Aleksander_Warma, lk 22
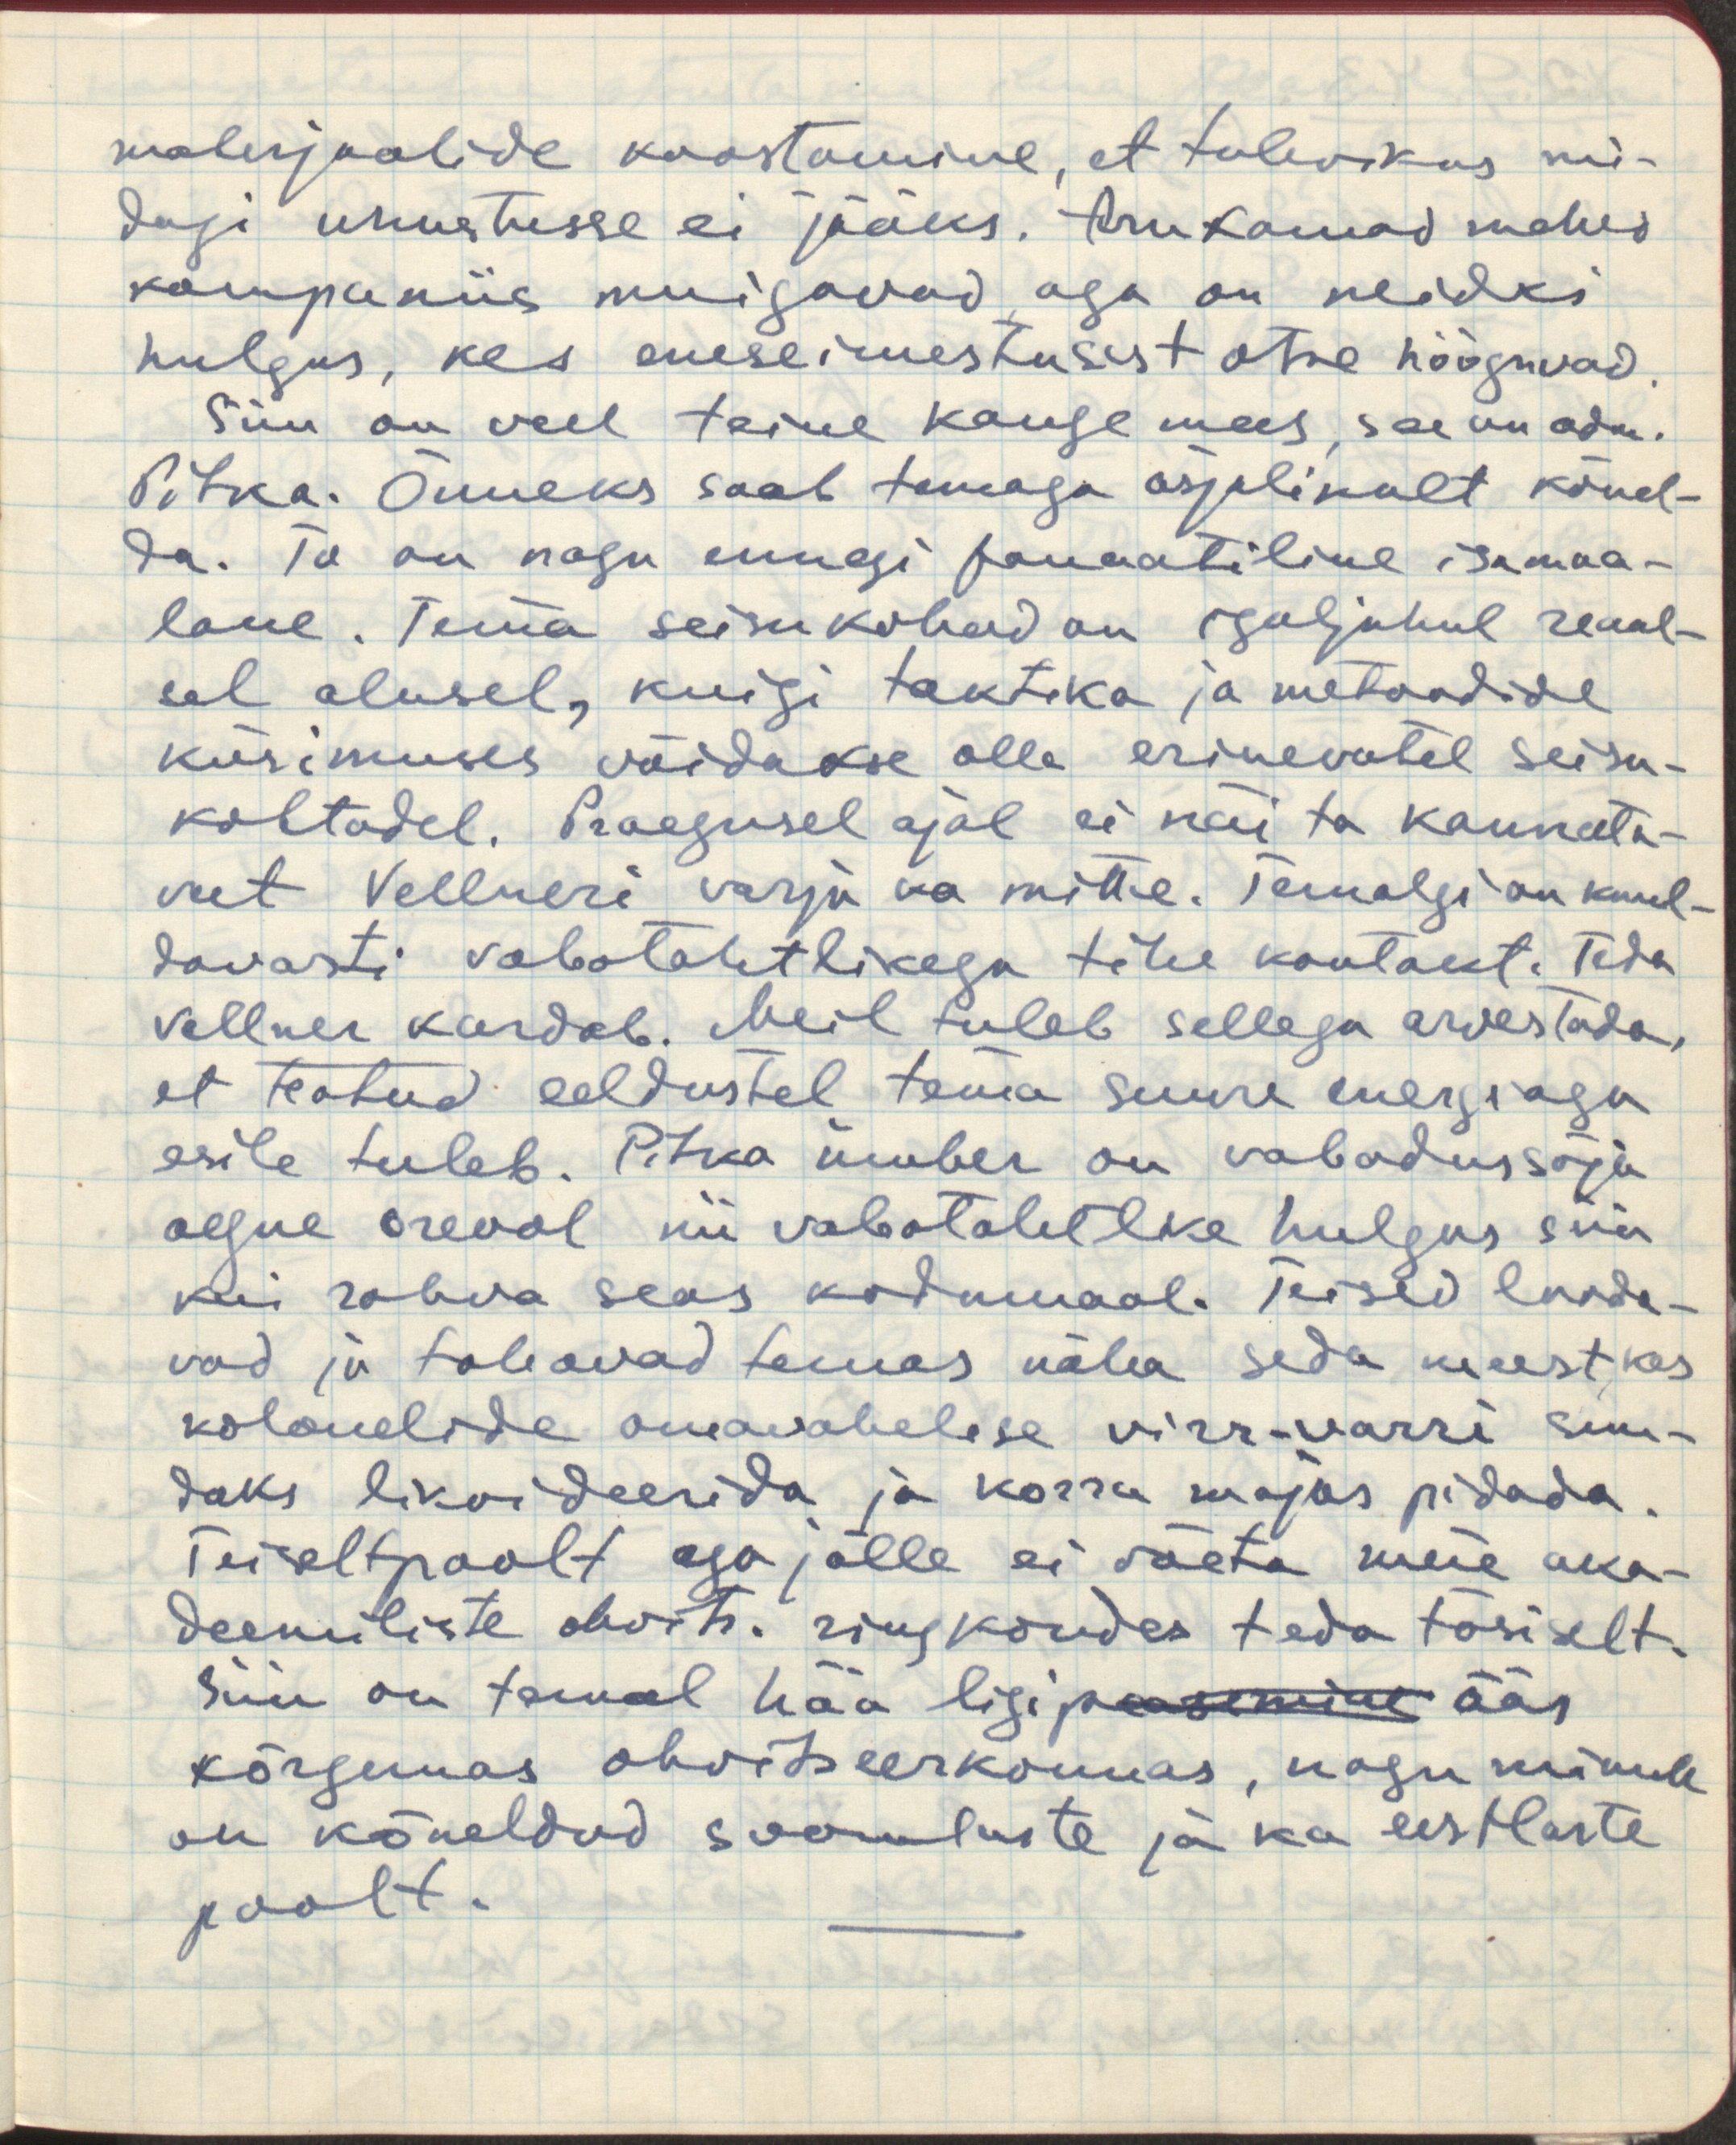
materjaalide koostamine, et tulevikus mi-
dagi unustusse ei jääks. Arukamad mehed
kompaniis muigavad, aga on neidki
hulgas, kes eneseimestusest otse hõõguvad.
Siin on veel teine kange mees, see on adm.
Pitka. Õnneks saab temaga asjalikult kõnel-
da. Ta on nagu ennegi fanaatiline isamaa-
lane. Tema seisukohad on igaljuhul reaal-
sel alusel, kuigi taktika ja metoodide
küsimuses võidakse olla erinevatel seisu-
kohtadel. Praegusel ajal ei näi ta kannata-
vat Vellneri varju ka mitte. Temalgi on kuul-
davasti vabatahtlikega tihe kontakt. Teda
Vellner kardab. Meil tuleb sellega arvestada,
et teatud eeldustel tema suure energiaga
esile tuleb. Pitka ümber on vabadussõja
aegne oreool nii vabatahtlike hulgas siin
kui rahva seas kodumaal. Teised looda-
vada ja tahavad temas näha seda meest, kes
kolonelide omavahelise virr-varri suu-
daks likvideerida ja korra majas pidada.
Teiseltpoolt aga jälle ei võeta meie aka-
deemiliste ohvits. ringkondades teda tõsiselt.
Siin on temal hää ligi paasemine ääs
kõrgemas ohvitseerkonnas, nagu minule
on kõneldud soomlaste ja ka eestlaste
poolt.